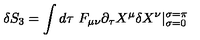
\delta S _ { 3 } = \int d \tau \ F _ { \mu \nu } \partial _ { \tau } X ^ { \mu } \delta X ^ { \nu } | _ { \sigma = 0 } ^ { \sigma = \pi }